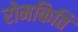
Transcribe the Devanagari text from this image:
रोमकिति